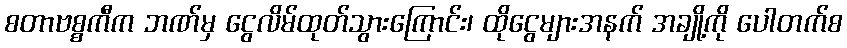
စတာဗစ္စကီက ဘဏ်မှ ငွေလိမ်ထုတ်သွားကြောင်း၊ ထိုငွေများအနက် အချို့ကို ပေါတက်စ